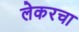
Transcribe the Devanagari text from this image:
लेकरचा